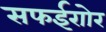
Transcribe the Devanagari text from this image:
सफईराोर